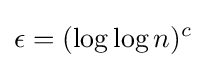
\epsilon =(\log \log n)^{c}